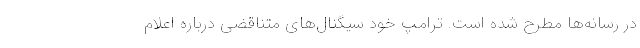
در رسانه‌ها مطرح شده است. ترامپ خود سیگنال‌های متناقضی درباره اعلام